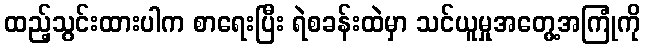
ထည့်သွင်းထားပါက စာရေးပြီး ရဲစခန်းထဲမှာ သင်ယူမှုအတွေ့အကြုံကို